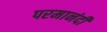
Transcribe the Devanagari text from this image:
परमानंदीं